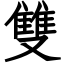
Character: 雙